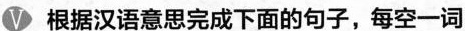
根据汉语意思完成下面的句子,每空一词